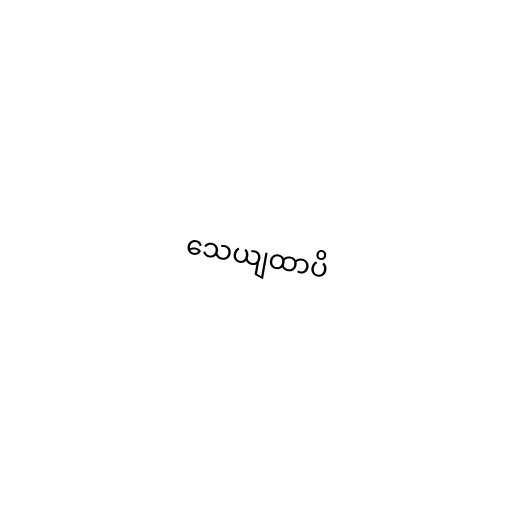
သေယျထာပိ